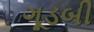
ગૂડબી